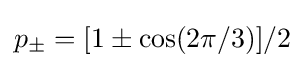
p_{\pm }=[1\pm \cos(2\pi /3)]/2